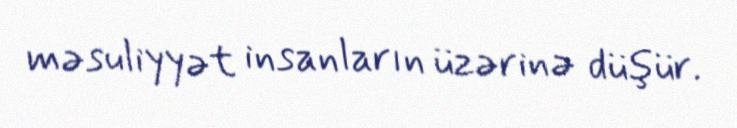
məsuliyyət insanların üzərinə düşür.